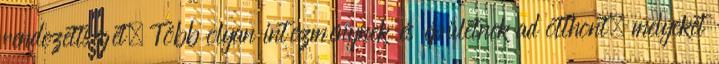
rendezettségét. Több olyan intézménynek és épületnek ad otthont, melyeket